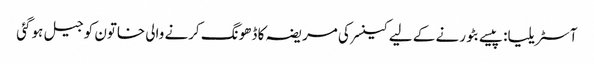
آسٹریلیا: پیسے بٹورنے کے لیے کینسر کی مریضہ کا ڈھونگ کرنے والی خاتون کو جیل ہوگئی